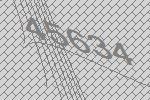
45634